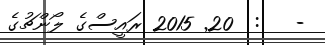
-   :  20